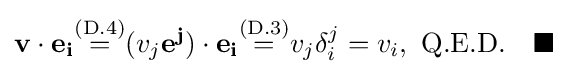
\mathbf {v} \cdot \mathbf {e_{i}} {\stackrel {\text{(D.4)}}{=}}(v_{j}\mathbf {e^{j}} )\cdot \mathbf {e_{i}} {\stackrel {\text{(D.3)}}{=}}v_{j}\delta _{i}^{j}=v_{i},\ {\text{Q.E.D.}}\quad \blacksquare